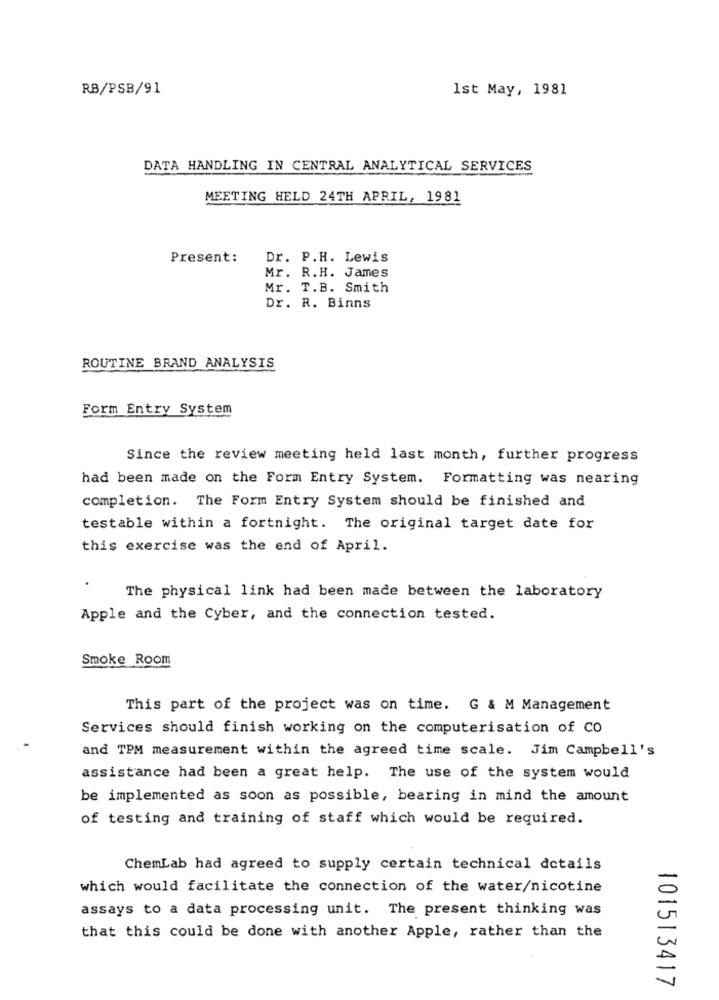
RB/PSB/91
1st May, 1981
DATA HANDLING IN CENTRAL ANALYTICAL SERVICES
MEETING HELD 24TH APRIL, 1981
Present:
Dr. P.H. Lewis
Mr. R.H. James
Mr. T.B. Smith
Dr. R. Binns
ROUTINE BRAND ANALYSIS
Form Entry System
Since the review meeting held last month, further progress
had been made on the Form Entry System. Formatting was nearing
completion. The Form Entry System should be finished and
testable within a fortnight. The original target date for
this exercise was the end of April.
The physical link had been made between the laboratory
Apple and the Cyber, and the connection tested.
Smoke Room
This part of the project was on time. G & M Management
Services should finish working on the computerisation of CO
and TPM measurement within the agreed time scale. Jim Campbell's
assistance had been a great help. The use of the system would
be implemented as soon as possible, bearing in mind the amount
of testing and training of staff which would be required.
ChemLab had agreed to supply certain technical details
which would facilitate the connection of the water/nicotine
assays to a data processing unit. The present thinking was
that this could be done with another Apple, rather than the
101513417